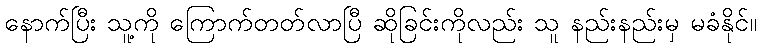
နောက်ပြီး သူ့ကို ကြောက်တတ်လာပြီ ဆိုခြင်းကိုလည်း သူ နည်းနည်းမှ မခံနိုင်။